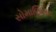
સોમાણિસર